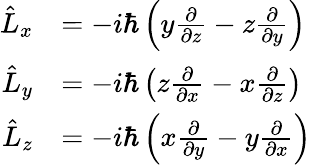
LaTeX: {\begin{array}{rl}{{\hat{L}}_{x}}&{=-i\hbar\left(y{\frac{\partial}{\partial z}}-z{\frac{\partial}{\partial y}}\right)}\\ {{\hat{L}}_{y}}&{=-i\hbar\left(z{\frac{\partial}{\partial x}}-x{\frac{\partial}{\partial z}}\right)}\\ {{\hat{L}}_{z}}&{=-i\hbar\left(x{\frac{\partial}{\partial y}}-y{\frac{\partial}{\partial x}}\right)}\end{array}}